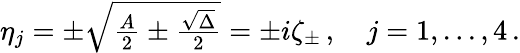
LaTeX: \begin{array}{r}{\eta_{j}=\pm\sqrt{\frac{A}{2}\pm\frac{\sqrt{\Delta}}{2}}=\pm i\zeta_{\pm}\, ,\quad j=1,...,4\, .}\end{array}